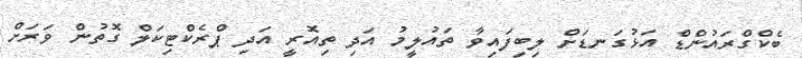
ބެކްގްރައުންޑް އަޅުގަނޑަށް ލިބިފައިވާ ތައުލީމު އަދި ތިއޮރީ އަދި ޕްރެކްޓިކަލް ގޮތުން ވަރަށް